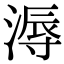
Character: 溽